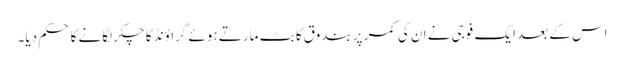
اس کے بعد ایک فوجی نے ان کی کمر پر بندوق کا بٹ مارتے ہوئے گراؤنڈ کا چکر لگانے کا حکم دیا۔